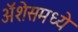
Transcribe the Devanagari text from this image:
ॲशेसमध्ये